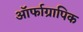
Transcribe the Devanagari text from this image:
ऑर्फाग्रापिक